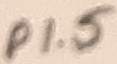
Text: P1.5